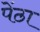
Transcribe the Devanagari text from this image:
पेंठा